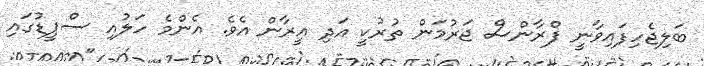
ބަލިޖެހިފައިވާނީ ފްރާންސް ޖަރުމަން ތުރުކީ އަދި އީރާން އެވެ. އެންމެ ހަލުއި ސްޕީޑުގައި